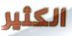
الكثير